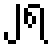
၂ရ